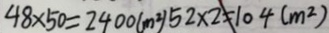
4 8 \times 5 0 = 2 4 0 0 ( m ^ { 2 } ) 5 2 \times 2 = 1 0 4 ( m ^ { 2 } )